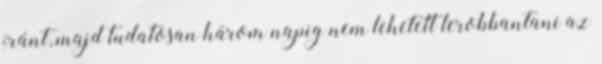
iránt, majd tudatosan három napig nem lehetett lerobbantani az